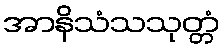
အာနိသံသသုတ္တံ